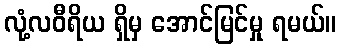
လုံ့လဝီရိယ ရှိမှ အောင်မြင်မှု ရမယ်။